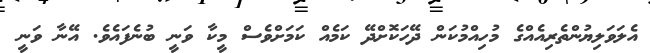
އެލަވަލިޔުންތެރިއެއްގެ މުހިއްމުކަން ދޭހަކޮށްދޭ ކަމެއް ކަމަށްވެސް މީކާ ވަނީ ބުނެފައެވެ. އޭނާ ވަނީ